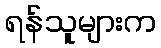
ရန်သူများက